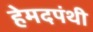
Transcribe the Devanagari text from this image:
हेमदपंथी